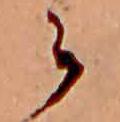
ら